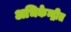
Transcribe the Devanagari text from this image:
अभिकेन्द्रीत